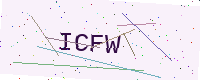
Text: ICFW